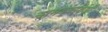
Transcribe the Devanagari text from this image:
नामदेवशिंपी